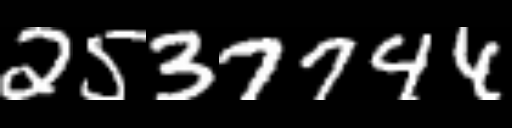
Text: 2537744